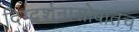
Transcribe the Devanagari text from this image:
दिग्दर्शनासोबातच